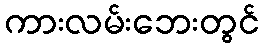
ကားလမ်းဘေးတွင်